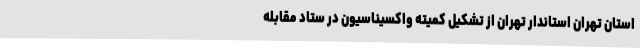
استان تهران استاندار تهران از تشکیل کمیته واکسیناسیون در ستاد مقابله